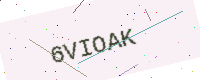
Text: 6VIOAK